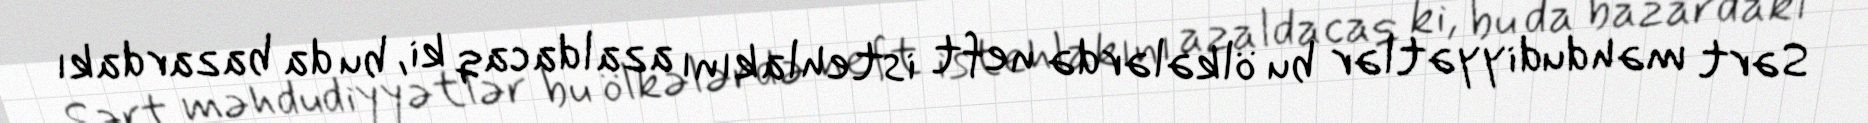
Sərt məhdudiyyətlər bu ölkələrdə neft istehlakını azaldacaq ki, bu da bazardakı